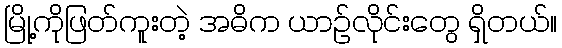
မြို့ကိုဖြတ်ကူးတဲ့ အဓိက ယာဉ်လိုင်းတွေ ရှိတယ်။